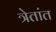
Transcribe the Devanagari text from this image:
त्रेतांत